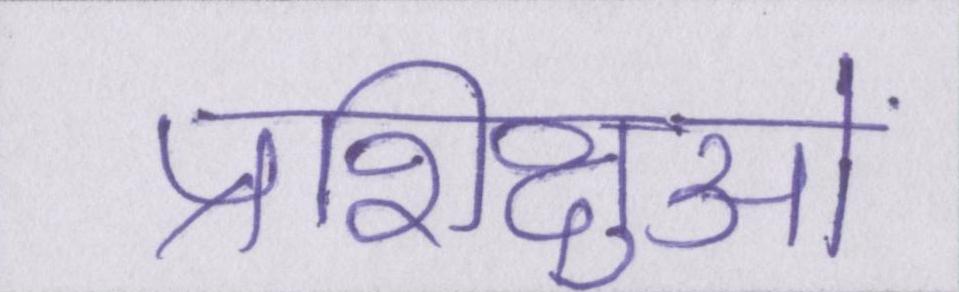
प्रशिक्षुओं